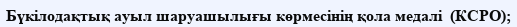
Бүкілодақтық ауыл шаруашылығы көрмесінің қола медалі  (КСРО);